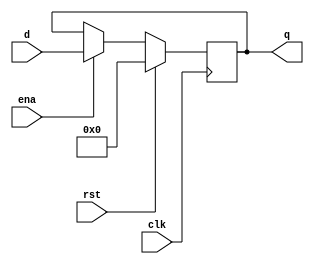
module dff
#(
    parameter DATA_WIDTH = 32,
    parameter RESET_VAL  = 0
)
(
    input                   clk,
    input                   rst,
    input                   ena,
    input  [DATA_WIDTH-1:0] d,
    output [DATA_WIDTH-1:0] q
);

    reg [DATA_WIDTH-1:0] q_r;

    assign q = q_r;

    always @(posedge clk) begin
        if(rst) begin
            q_r <= RESET_VAL;
        end else if(ena) begin
            q_r <= d;
        end
    end


endmodule